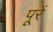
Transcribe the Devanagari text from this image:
पूरें